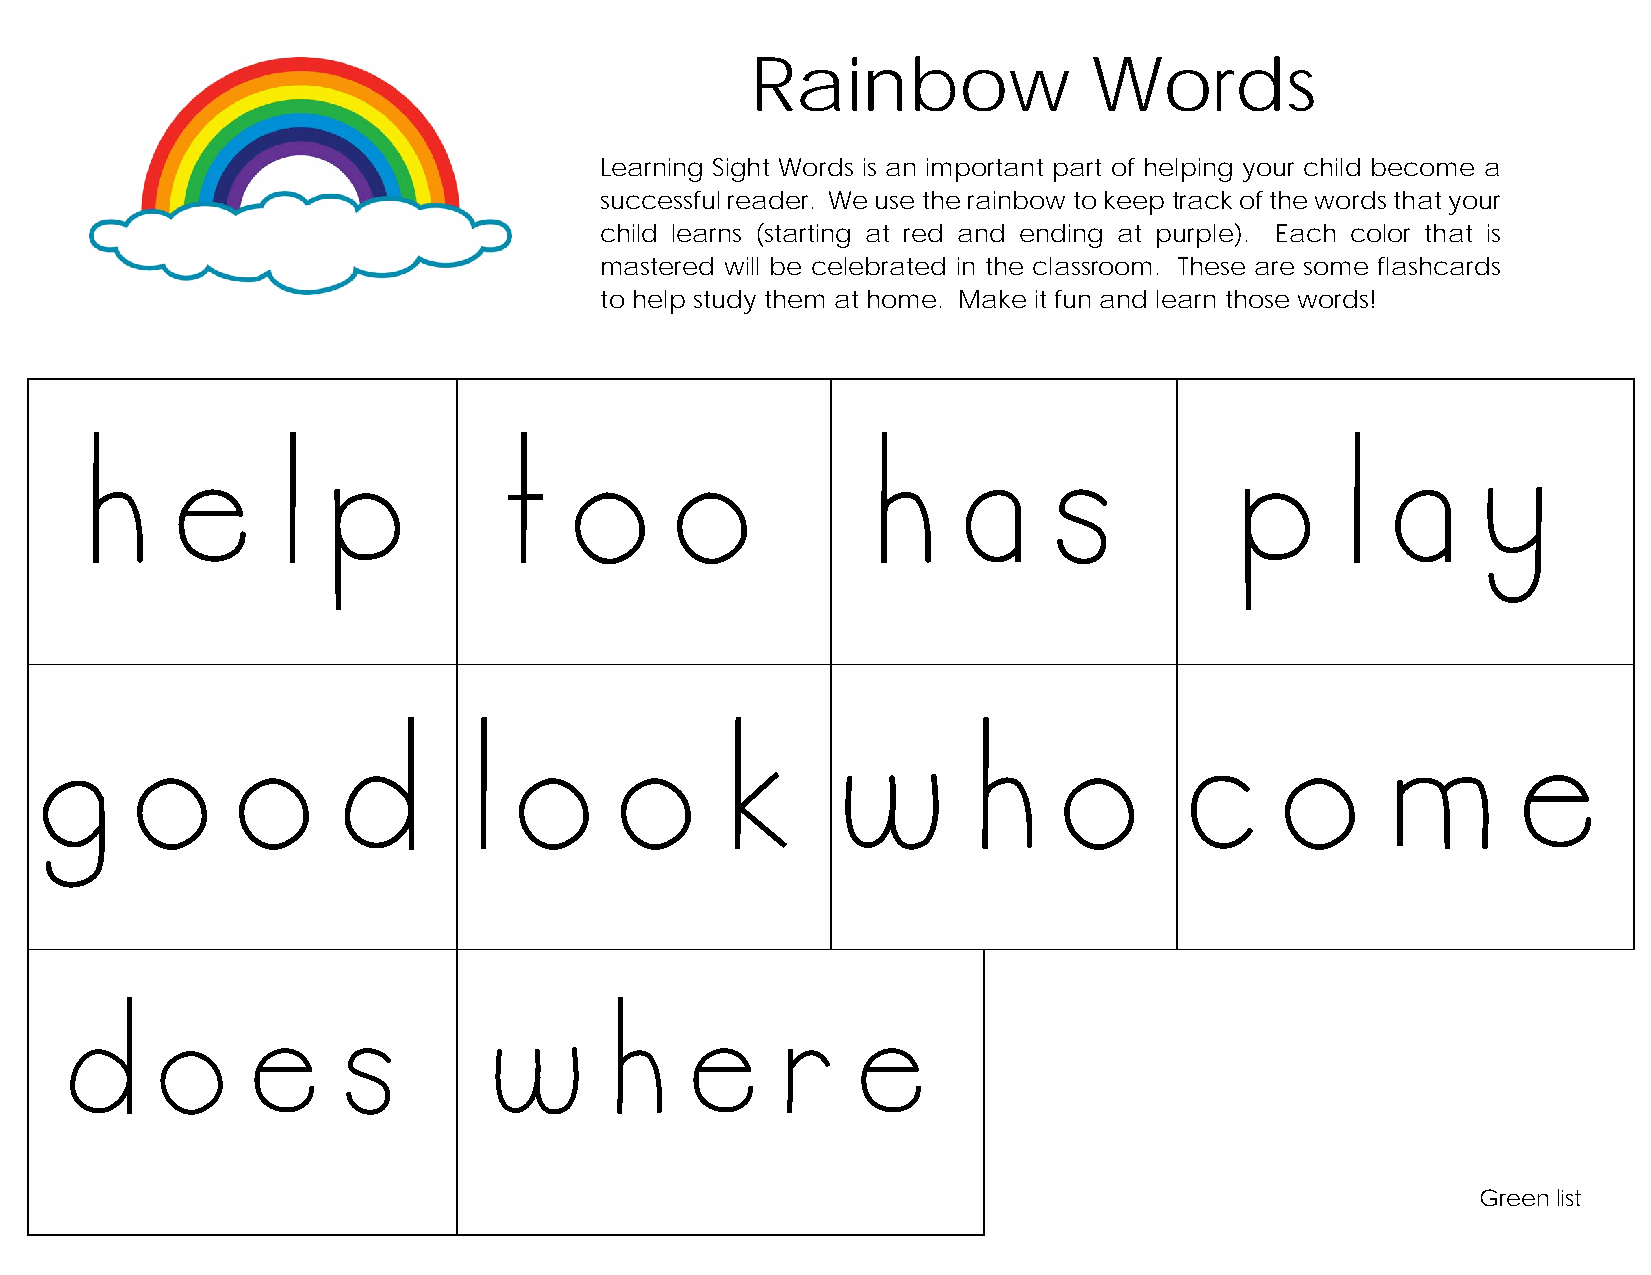
Rainbow               Words
 Learning Sight Words is an important part of helping your child become a
 successful reader. We use the rainbow to keep track of the words that your
 child learns (starting at red and ending at purple). Each color that is
 mastered will be celebrated in the classroom. These are some flashcards
 to help study them at home. Make it fun and learn those words!
 help                         too                    has                      play
 good                        look                     who                    come
 does                         where
 Green list